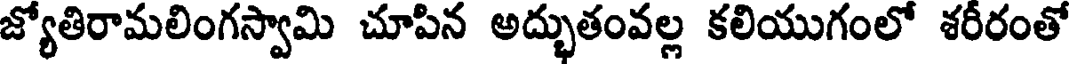
జ్యోతిరామలింగస్వామి చూపిన అద్భుతంవల్ల కలియుగంలో శరీరంతో